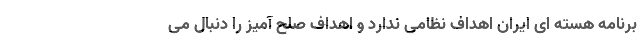
برنامه هسته ای ایران اهداف نظامی ندارد و اهداف صلح آمیز را دنبال می